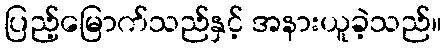
ပြည့်မြောက်သည်နှင့် အနားယူခဲ့သည်။